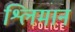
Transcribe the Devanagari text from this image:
श्लिमान